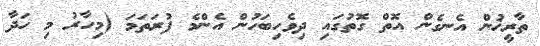
ތާރީޚުން އެނގެން އޮތް ގޮތުގައި ދިވެހިބަހުން އެންމެ ފުރަތަމަ (މިހާރު މި ހަދާ